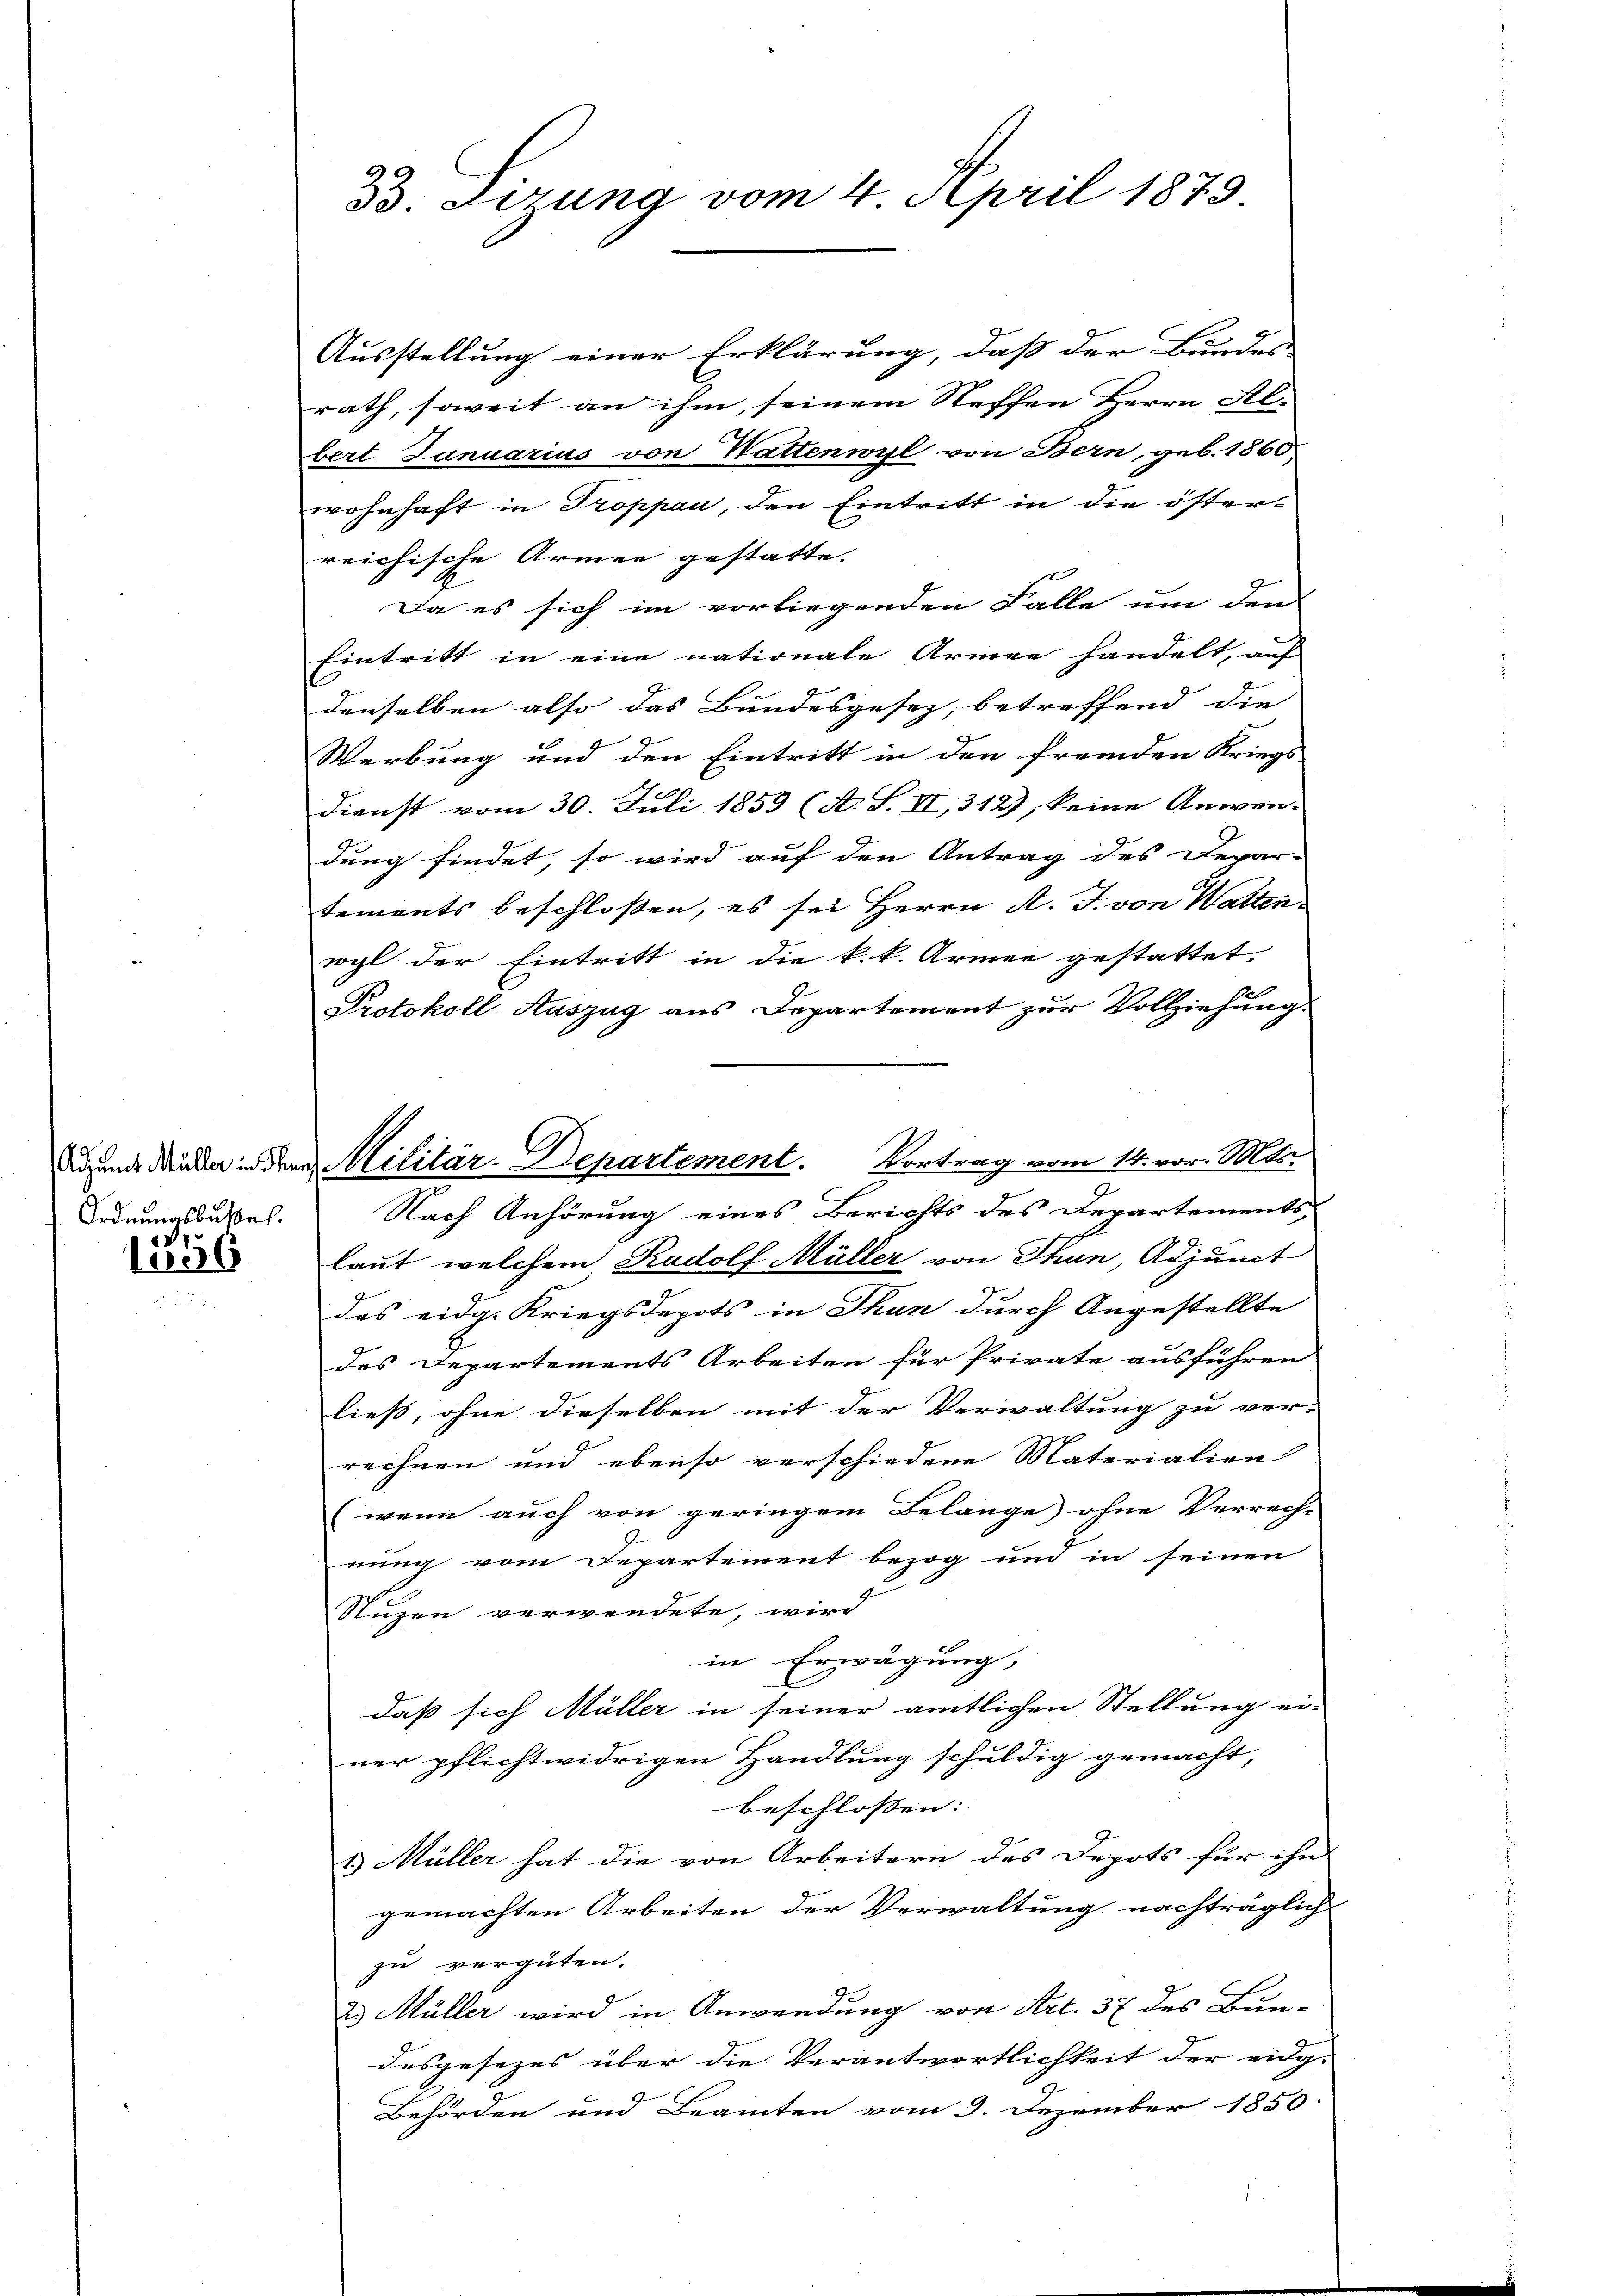
Ordnungsbussel.
Dr

1036

33. Firung vom 4. April 1873.

Ausstellung einer Erklärung, daß der Bundes
rath, soweit an ihm, seinem Neffen Herrn Al-
bert Januarius von Wattenwyl von Bern, geb. 1860,
wohnhaft in Troppan, den Eintritt in die öster-
reichische Armen gestatte.
Da es sich im vorliegenden Falle um den
Eintritt in eine nationale Armee handelt, auf
denselben also das Bundesgesez, betreffend die
Werbung und den Eintritt in den fremden Kriegs
Dienst vom 30. Juli 1853 (A. S. VI, 312), keine Anwen-
dung findet, so wird auf den Antrag des Depar-
tements beschlossen, es sei Herrn A. J. von Walten
wogl der Eintritt in die k.k. Armee gestattet.
Protokoll-Auszug aus Departement zur Vollziehung.
Nach Anhörung eines Berichts des Departements
laut, welchem Radolf Müller von Thun, Adjunct
das eidg. Kriegsdepots in Thun durch Angestellte
des Departements Arbeiten für Private ausführen
ließ, ohne dieselben mit der Verwaltung zu ver-
rechnen und ebenso verschiedene Materialien
(wenn auch von geringem Belange ohne Verrech-
nung vom Departement bezog und in seinen
Nuzen verwendete, wird
in Erwägung,
daß sich Müller in seiner amtlichen Stellung ei-
ner pflichtwidrigen Handlung schuldig gemacht,
beschlossen:
1.) Müller hat die von Arbeitern des Depots für ihn
gemachten Arbeiten der Verwaltung nachträglich
zu vergüten.
2. Müller wird in Anwendung von Art. 37 des Bun-
desgesezes über die Verantwortlichkeit der eidg-
Behörden und Beamten vom 9. Dezember 1850.

di und denken in dem Militär-Departement. Vortrag vom 14. vor. Mts.